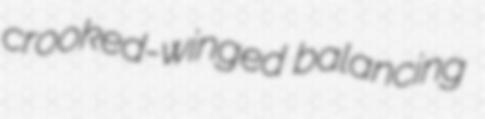
crooked-winged balancing